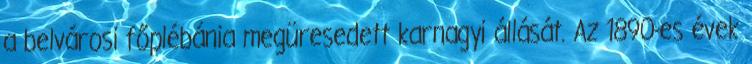
a belvárosi főplébánia megüresedett karnagyi állását. Az 1890-es évek